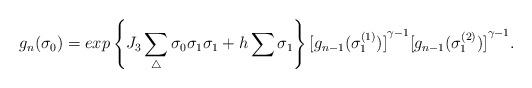
LaTeX: \begin{align*}g_n({\sigma}_0)=exp\left \{ J_3\sum_{\triangle}{\sigma}_0 {\sigma}_1{\sigma}_1+h\sum{\sigma}_1 \right \}{[g_{n-1}({\sigma}_1^{(1)})]}^{\gamma-1}{[g_{n-1}({\sigma}_1^{(2)})]}^{\gamma-1} .\end{align*}